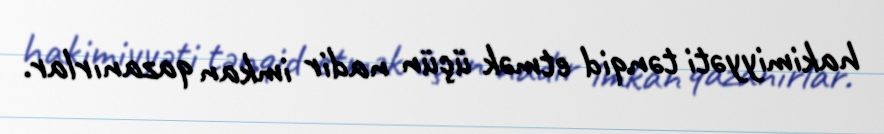
hakimiyyəti tənqid etmək üçün nadir imkan qazanırlar.